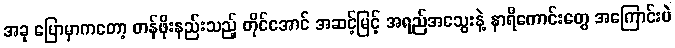
အခု ပြောမှာကတော့ တန်ဖိုးနည်းသည့် တိုင်အောင် အဆင့်မြင့် အရည်အသွေးနဲ့ နာရီကောင်းတွေ အကြောင်းပဲ